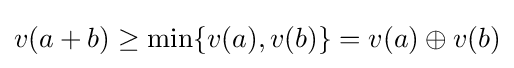
v(a+b)\geq \min\{v(a),v(b)\}=v(a)\oplus v(b)